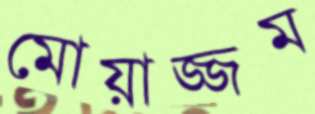
মোয়াজ্জম